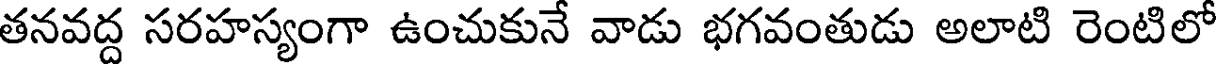
తనవద్ద సరహస్యంగా ఉంచుకునే వాడు భగవంతుడు అలాటి రెంటిలో